Annual administration report of the Civil Veterinary Department of India - 1892-1893
Year: 1892
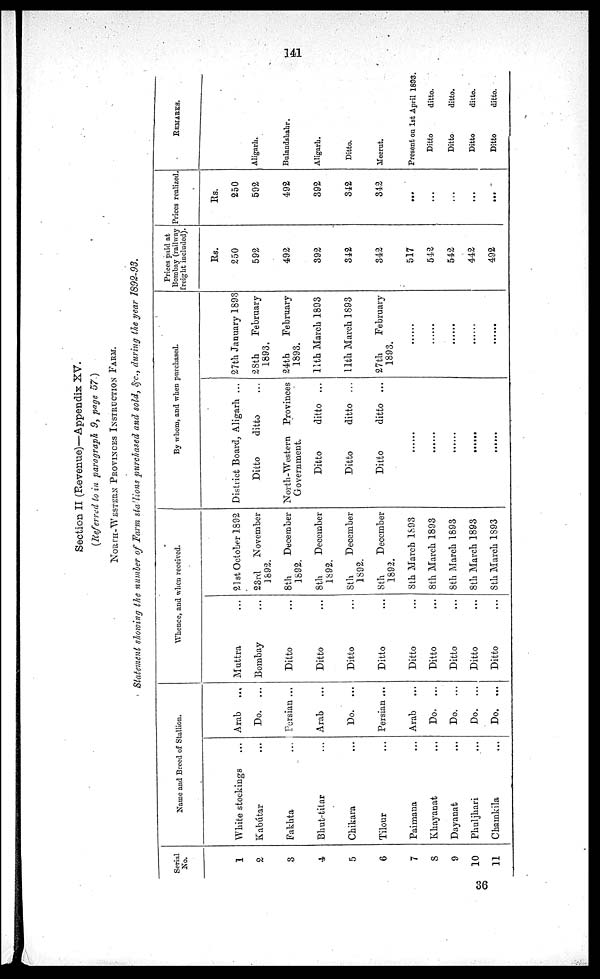
141
Section II (Revenue)—Appendix XV.
(Referred to in paragraph 9, page 57.)
NORTH-WESTERN PROVINCES INSTRUCTION FARM.
Statement showing the number of Farm stallions purchased and sold, &c., during the year 1892-93
Serial
No.
1
2
3
4
5
6
7
8
9
10
11
Name and Breed of Stallion.
White stockings ...
Kabútar ...
Fakhta ...
Bhut-titar ...
Chikara ...
Tilour ...
Paimana ...
Khayanat ...
Dayanat ...
Pkuljkari ...
Chamkila ...
Arab ...
Do. ...
Persian ...
Arab ...
Do. ...
Persian ...
Arab ...
Do. ...
Do. ...
Do. ...
Do. ...
Whence, and when received.
Muttra ...
Bombay ...
Ditto ...
Ditto ...
Ditto ...
Ditto ...
Ditto ...
Ditto ...
Ditto ...
Ditto ...
Ditto ...
21st October 1892
23rd November
1892.
8th
December
1892.
8th
December
1892.
8th
December
1892.
8th
December
1892.
8th March 1893
8th March 1893
8th March 1893
8th March 1893
8th March 1893
By whom, and when purchased.
District Board, Aligarh ...
Ditto
ditto ...
North-Western Provinces
Government.
Ditto
ditto ...
Ditto
ditto ...
Ditto
ditto ...
......
......
......
......
......
27th January 1893
28th
February
1893.
24th
February
1893.
11th March 1893
11th March 1893
27th
February
1893.
......
......
......
......
Prices paid at
Bombay (railway
freight included).
Rs.
250
592
492
392
342
342
517
542
542
442
492
Prices realized,
Rs.
250
592
492
392
342
342
...
...
...
...
...
REMARKS.
Aligarh.
Bulandshahr.
Aligarh.
Ditto.
Meerut.
Present on 1st April 1893.
Ditto
ditto.
Ditto
ditto.
Ditto
ditto.
Ditto
ditto.
36